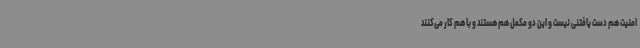
امنیت هم دست یافتنی نیست و این دو مکمل هم هستند و با هم کار می‌کنند